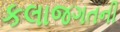
કલાજગતની